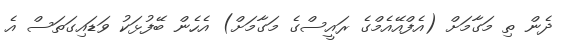
ދެން ތި މަގާމަށް (އެފްއޭއެމްގެ ރައީސްގެ މަގާމަށް) އެހެން ބޭފުޅަކު ވަޑައިގަތަސް އެ